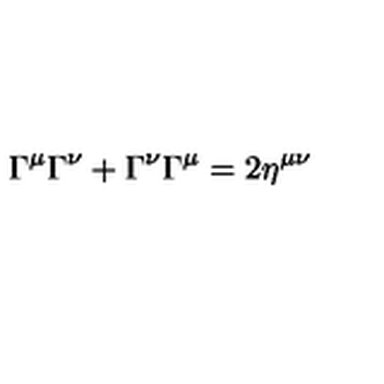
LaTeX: \Gamma ^ { \mu } \Gamma ^ { \nu } + \Gamma ^ { \nu } \Gamma ^ { \mu } = 2 \eta ^ { \mu \nu }